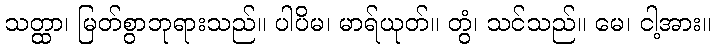
သတ္ထာ၊ မြတ်စွာဘုရားသည်။ ပါပိမ၊ မာရ်ယုတ်။ တွံ၊ သင်သည်။ မေ၊ ငါ့အား။